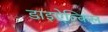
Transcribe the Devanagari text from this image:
डाइऐल्किल